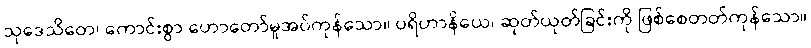
သုဒေသိတေ၊ ကောင်းစွာ ဟောတော်မူအပ်ကုန်သော။ ပရိဟာနိယေ၊ ဆုတ်ယုတ်ခြင်းကို ဖြစ်စေတတ်ကုန်သော။